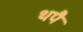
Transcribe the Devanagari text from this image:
थपै